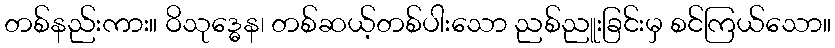
တစ်နည်းကား။ ဝိသုဒ္ဓေန၊ တစ်ဆယ့်တစ်ပါးသော ညစ်ညူးခြင်းမှ စင်ကြယ်သော။